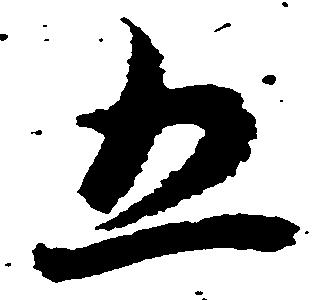
五